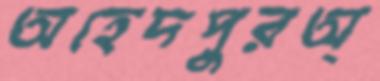
অহেদপুরঅ্